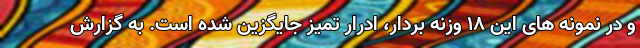
و در نمونه های این ۱۸ وزنه بردار، ادرار تمیز جایگزین شده است. به گزارش